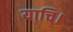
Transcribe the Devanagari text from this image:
याचि।